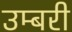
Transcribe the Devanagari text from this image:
उम्बरी